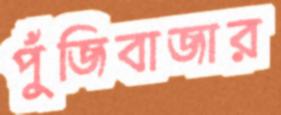
পুঁজিবাজার